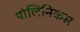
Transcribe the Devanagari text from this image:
पोलिनिकस